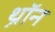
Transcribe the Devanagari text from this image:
थ्रॉन